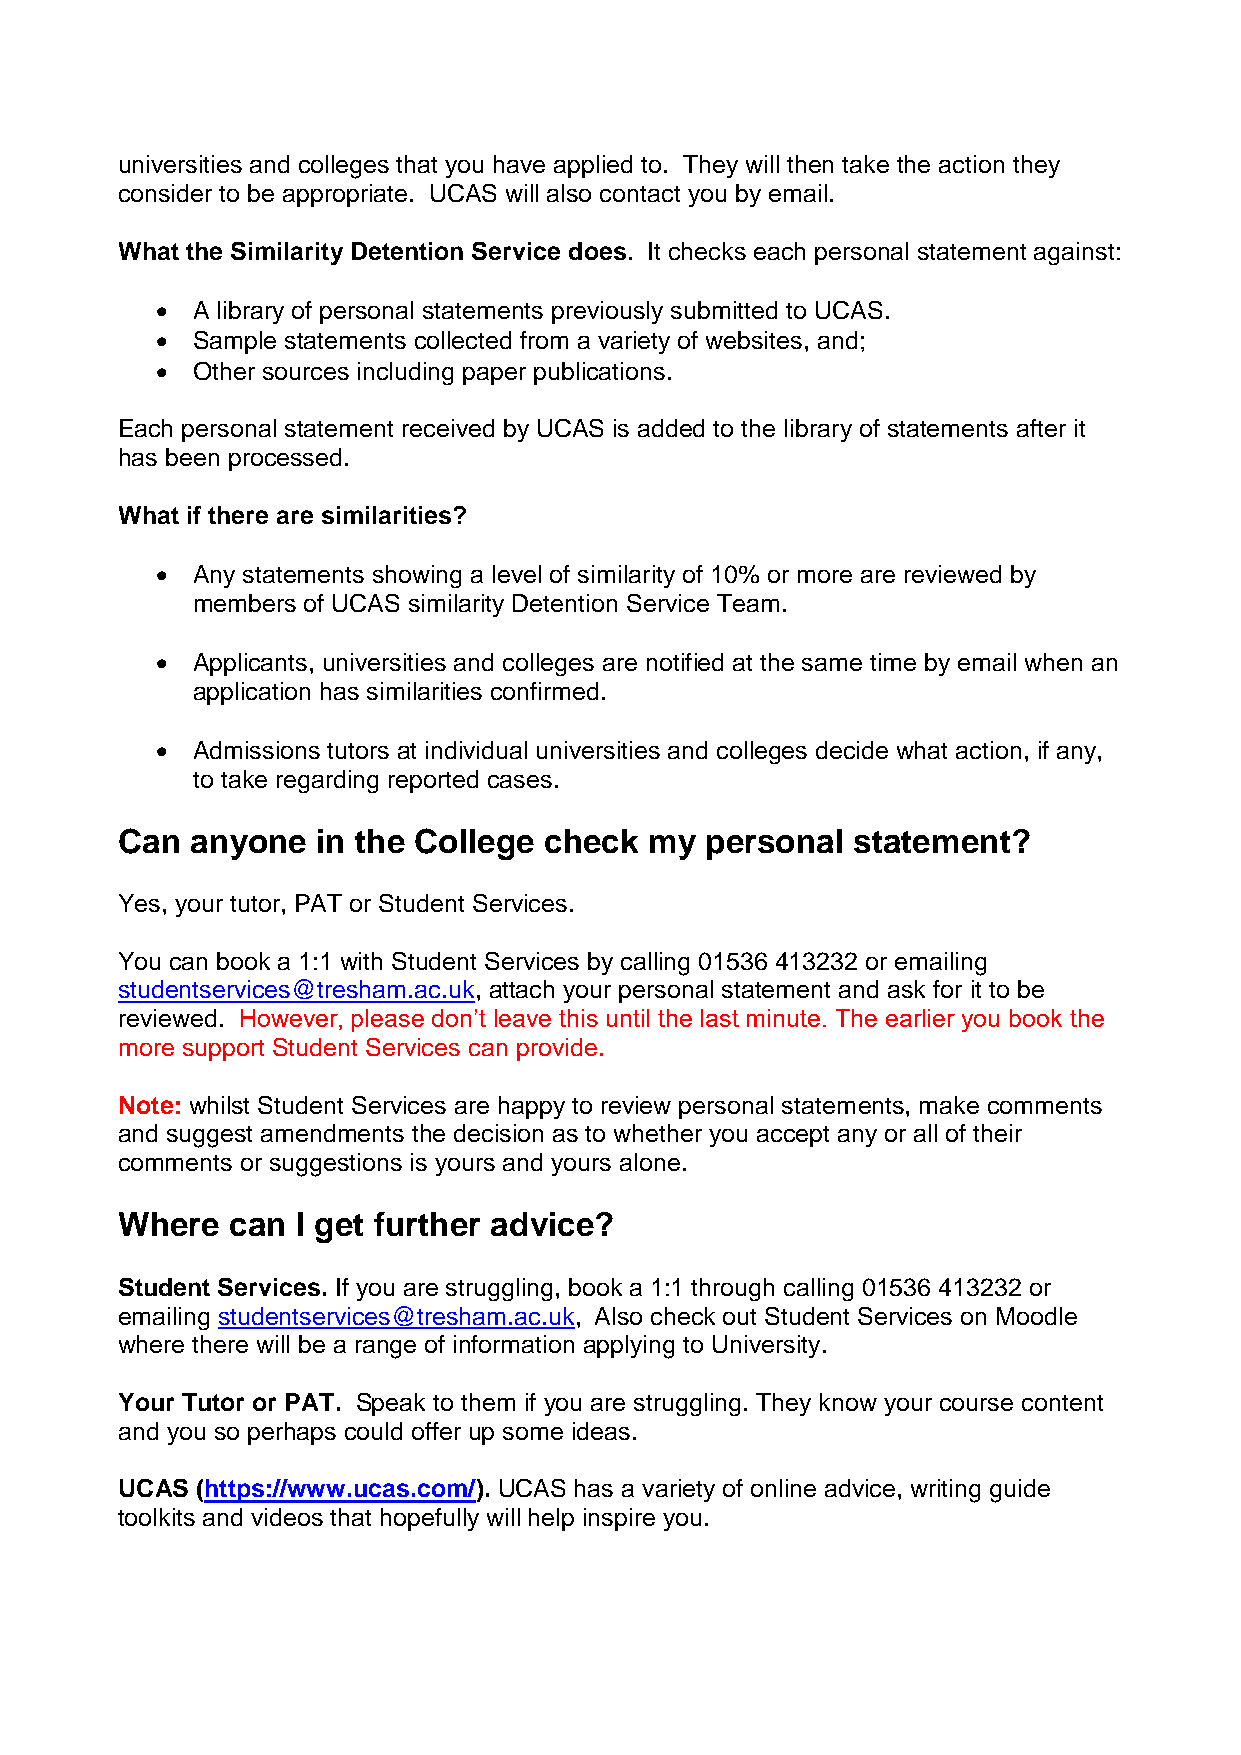
universities and colleges that you have applied to. They will then take the action they
 consider to be appropriate. UCAS will also contact you by email.
 What the Similarity Detention Service does. It checks each personal statement against:
   A library of personal statements previously submitted to UCAS.
   Sample statements collected from a variety of websites, and;
   Other sources including paper publications.
 Each personal statement received by UCAS is added to the library of statements after it
 has been processed.
 What if there are similarities?
   Any statements showing a level of similarity of 10% or more are reviewed by
 members of UCAS similarity Detention Service Team.
   Applicants, universities and colleges are notified at the same time by email when an
 application has similarities confirmed.
   Admissions tutors at individual universities and colleges decide what action, if any,
 to take regarding reported cases.
 Can  anyone  in the College check  my  personal statement?
 Yes, your tutor, PAT or Student Services.
 You can book a 1:1 with Student Services by calling 01536 413232 or emailing
 studentservices@tresham.ac.uk, attach your personal statement and ask for it to be
 reviewed. However, please don’t leave this until the last minute. The earlier you book the
 more support Student Services can provide.
 Note: whilst Student Services are happy to review personal statements, make comments
 and suggest amendments the decision as to whether you accept any or all of their
 comments or suggestions is yours and yours alone.
 Where  can  I get further advice?
 Student Services. If you are struggling, book a 1:1 through calling 01536 413232 or
 emailing studentservices@tresham.ac.uk, Also check out Student Services on Moodle
 where there will be a range of information applying to University.
 Your Tutor or PAT. Speak to them if you are struggling. They know your course content
 and you so perhaps could offer up some ideas.
 UCAS (https://www.ucas.com/). UCAS has a variety of online advice, writing guide
 toolkits and videos that hopefully will help inspire you.